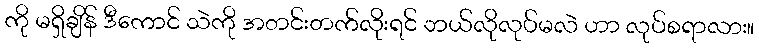
ကို မရှိချိန် ဒီကောင် သဲကို အတင်းတက်လိုးရင် ဘယ်လိုလုပ်မလဲ ဟာ လုပ်စရာလား။